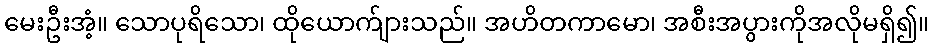
မေးဦးအံ့။ သောပုရိသော၊ ထိုယောက်ျားသည်။ အဟိတကာမော၊ အစီးအပွားကိုအလိုမရှိ၍။